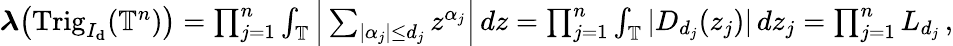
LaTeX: \begin{array}{r}{\boldsymbol{\lambda}\big(\mathrm{Trig}_{I_{\mathbf{d}}}(\mathbb{T}^{n})\big)=\prod_{j=1}^{n}\int_{\mathbb{T}}\Big|\sum_{|\alpha_{j}|\le d_{j}}z^{\alpha_{j}}\Big|\, dz=\prod_{j=1}^{n}\int_{\mathbb{T}}|D_{d_{j}}(z_{j})|\, dz_{j}=\prod_{j=1}^{n}L_{d_{j}}\, ,}\end{array}